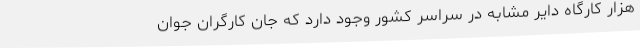
هزار کارگاه دایر مشابه در سراسر کشور وجود دارد که جان کارگرانِ جوان